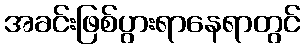
အခင်းဖြစ်ပွားရာနေရာတွင်